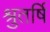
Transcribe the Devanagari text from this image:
श्रुतर्षि